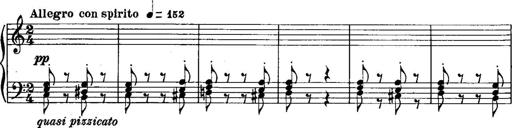
Title: Piano Sonatina No.1, Op.146
Composer: Stephen Heller